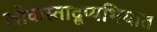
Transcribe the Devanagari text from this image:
लोकस्ताद्रूप्यभियात